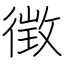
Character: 徴